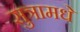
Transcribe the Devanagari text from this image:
सुत्रामधे